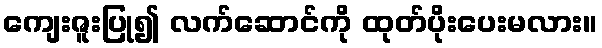
ကျေးဇူးပြု၍ လက်ဆောင်ကို ထုတ်ပိုးပေးမလား။